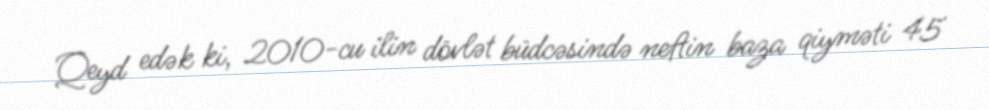
Qeyd edək ki, 2010-cu ilin dövlət büdcəsində neftin baza qiyməti 45